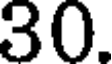
30.